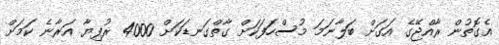
އެގޮތުން ރާއްޖޭގެ އަގަށް ބަލާނަމަ މުސްހަފަކަށް ގާތްގަނޑަކަށް 4000 ރުފިޔާ އަރާނެ ކަމަށް